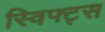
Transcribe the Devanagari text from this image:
स्विफ्ट्स